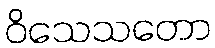
ဝိသေသတော